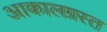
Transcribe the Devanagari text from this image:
आकालग्रस्त